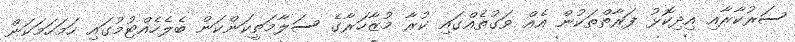
ސަރުކާރާއި އިދިކޮޅު ފަރާތްތަކުން އެއް ވަގުތެއްގައި ކުރާ މުޒާހަރާގެ ސަލާމަތީކަންކަން ބެލެހެއްޓުމުގައި ހަމަހަމަކަން